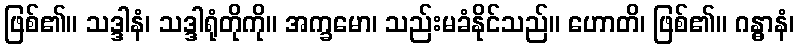
ဖြစ်၏။ သဒ္ဒါနံ၊ သဒ္ဒါရုံတိုကို။ အက္ခမော၊ သည်းမခံနိုင်သည်။ ဟောတိ၊ ဖြစ်၏။ ဂန္ဓာနံ၊